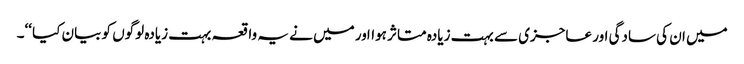
میں ان کی سادگی اور عاجزی سے بہت زیادہ متاثر ہوااور میں نے یہ واقعہ بہت زیادہ لوگوں کو بیان کیا ‘‘۔